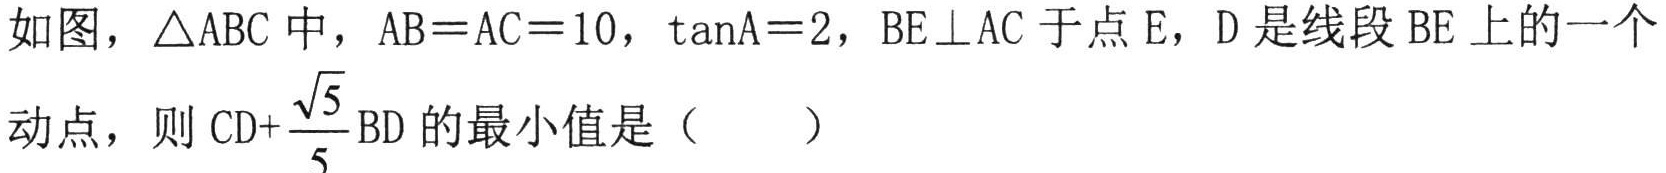
如图，\(\triangle ABC\)中，\(AB = AC = 10\)，\(\tan A = 2\)，\(BE\perp AC\)于点\(E\)，\(D\)是线段\(BE\)上的一个动点，则\(CD+\dfrac{\sqrt{5}}{5}BD\)的最小值是（  ）